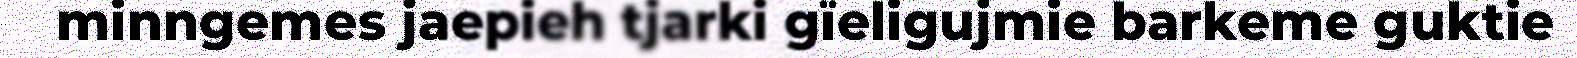
minngemes jaepieh tjarki gïeligujmie barkeme guktie